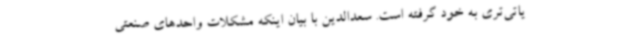
یاتی‌تری به خود گرفته است. سعدالدین با بیان اینکه مشکلات واحدهای صنعتی